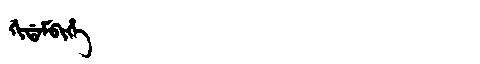
Manchu: ᡤᡳᡩᠠᠮᠪᡳᡥᡝ
Romanization: GIDAMBIHE